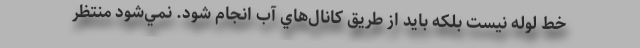
خط لوله نيست بلكه بايد از طريق كانال‌هاي آب انجام شود. نمي‌شود منتظر